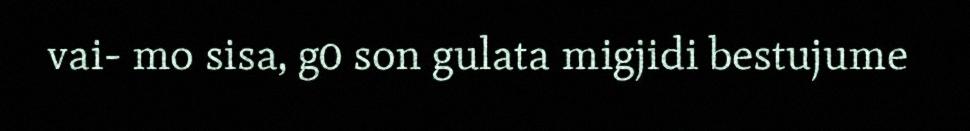
vai- mo sisa, g0 son gulata migjidi bestujume